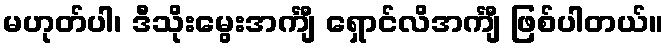
မဟုတ်ပါ၊ ဒီသိုးမွေးအင်္ကျီ ရှောင်လိအင်္ကျီ ဖြစ်ပါတယ်။